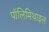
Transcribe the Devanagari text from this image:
पॉलिमिथाइल